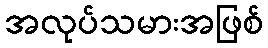
အလုပ်သမားအဖြစ်